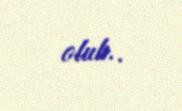
olub..